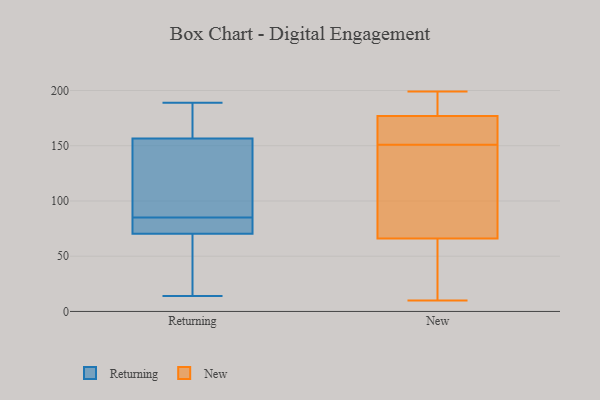
{"axis": {"x": "Waste Production (Tons)", "y": "Value"}, "legend": ["New", "Returning"], "data": [{"x": "", "y": 79, "type": "Returning"}, {"x": "", "y": 188, "type": "Returning"}, {"x": "", "y": 94, "type": "Returning"}, {"x": "", "y": 189, "type": "Returning"}, {"x": "", "y": 72, "type": "Returning"}, {"x": "", "y": 158, "type": "Returning"}, {"x": "", "y": 85, "type": "Returning"}, {"x": "", "y": 68, "type": "Returning"}, {"x": "", "y": 37, "type": "Returning"}, {"x": "", "y": 102, "type": "Returning"}, {"x": "", "y": 132, "type": "Returning"}, {"x": "", "y": 185, "type": "Returning"}, {"x": "", "y": 71, "type": "Returning"}, {"x": "", "y": 75, "type": "Returning"}, {"x": "", "y": 14, "type": "Returning"}, {"x": "", "y": 156, "type": "Returning"}, {"x": "", "y": 39, "type": "Returning"}, {"x": "", "y": 172, "type": "New"}, {"x": "", "y": 177, "type": "New"}, {"x": "", "y": 53, "type": "New"}, {"x": "", "y": 80, "type": "New"}, {"x": "", "y": 192, "type": "New"}, {"x": "", "y": 143, "type": "New"}, {"x": "", "y": 54, "type": "New"}, {"x": "", "y": 10, "type": "New"}, {"x": "", "y": 159, "type": "New"}, {"x": "", "y": 165, "type": "New"}, {"x": "", "y": 66, "type": "New"}, {"x": "", "y": 189, "type": "New"}, {"x": "", "y": 199, "type": "New"}, {"x": "", "y": 21, "type": "New"}, {"x": "", "y": 186, "type": "New"}, {"x": "", "y": 68, "type": "New"}, {"x": "", "y": 171, "type": "New"}, {"x": "", "y": 139, "type": "New"}]}